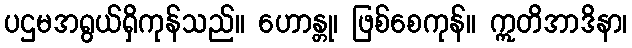
ပဌမအရွယ်ရှိကုန်သည်။ ဟောန္တု၊ ဖြစ်စေကုန်။ ဣတိအာဒိနာ၊